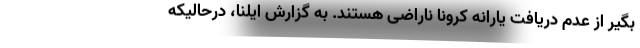
بگیر از عدم دریافت یارانه کرونا ناراضی هستند. به گزارش ایلنا، درحالیکه